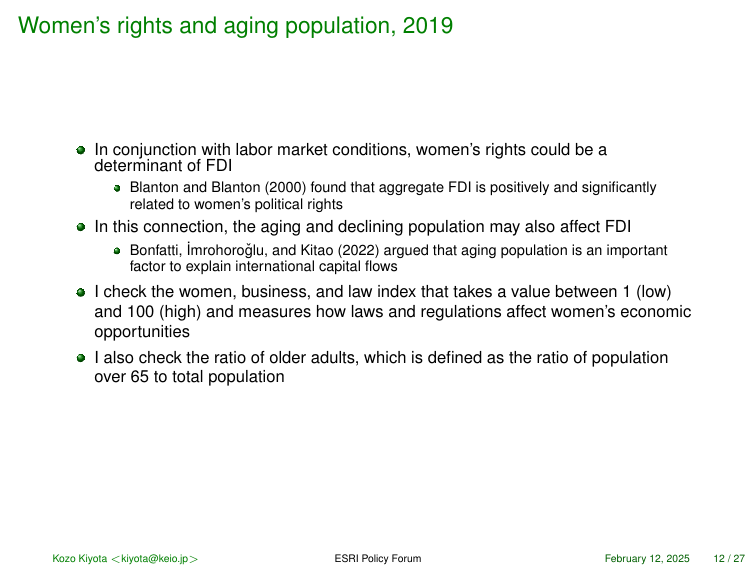
Women's rights and aging population, 2019

• In conjunction with labor market conditions, women's rights could be a determinant of FDI
   • Blanton and Blanton (2000) found that aggregate FDI is positively and significantly related to women's political rights

• In this connection, the aging and declining population may also affect FDI
   • Bonfatti, İmrohoroğlu, and Kitao (2022) argued that aging population is an important factor to explain international capital flows

• I check the women, business, and law index that takes a value between 1 (low) and 100 (high) and measures how laws and regulations affect women's economic opportunities

• I also check the ratio of older adults, which is defined as the ratio of population over 65 to total population

Kozo Kiyota <kiyota@keio.jp>    ESRI Policy Forum    February 12, 2025    12 / 27